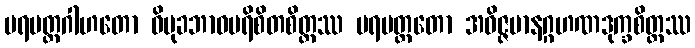
ပရမတ္ထဂါဟတော ဝိမုခဘာဝပရိစိတစိတ္တဿ ပရမတ္ထတော အဝိဇ္ဇမာနဂ္ဂဟဏဒုက္ခစိတ္တဿ